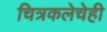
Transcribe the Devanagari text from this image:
चित्रकलेचेही